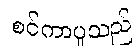
စင်ကာပူသည်